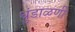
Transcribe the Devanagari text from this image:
धुंडाळणी